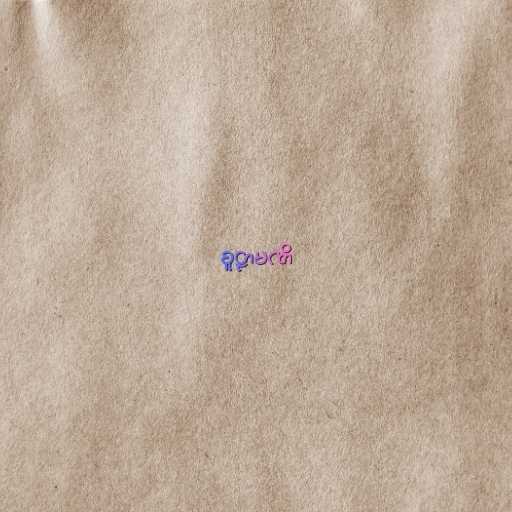
စူဠာမဏိ